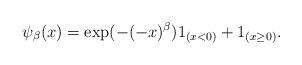
LaTeX: \begin{align*}\psi _{\beta }(x)=\exp (-(-x)^{\beta })1_{(x<0)}+1_{(x\geq 0)}. \end{align*}